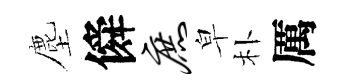
塵僢庶皁朴厲